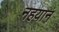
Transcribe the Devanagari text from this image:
नहयान